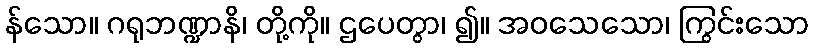
န်သော။ ဂရုဘဏ္ဍာနိ၊ တို့ကို။ ဌပေတွာ၊ ၍။ အဝသေသော၊ ကြွင်းသော